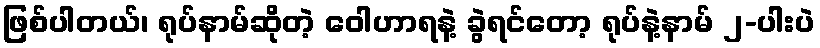
ဖြစ်ပါတယ်၊ ရုပ်နာမ်ဆိုတဲ့ ဝေါဟာရနဲ့ ခွဲရင်တော့ ရုပ်နဲ့နာမ် ၂-ပါးပဲ